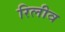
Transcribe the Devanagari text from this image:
रिलीव